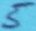
Text: 5